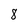
Character: 8